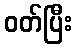
ဝတ်ပြီး